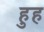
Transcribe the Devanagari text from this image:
हुह